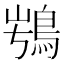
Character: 𩿭